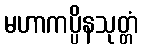
မဟာကပ္ပိနသုတ္တံ